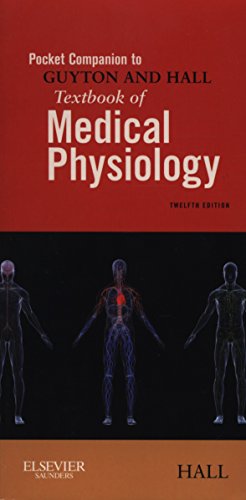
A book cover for Pocket Companion to Guyton and Hall Textbook of Medical Physiology, 12e (Guyton Physiology); John E. Hall PhD; Medical Books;